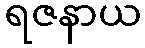
ရဇနာယ